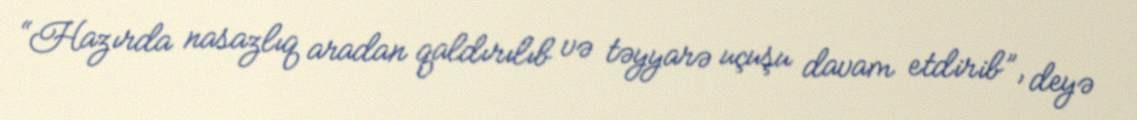
“Hazırda nasazlıq aradan qaldırılıb və təyyarə uçuşu davam etdirib”, deyə